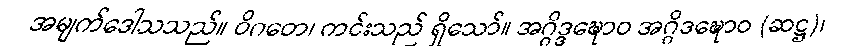
အမျက်ဒေါသသည်။ ဝိဂတေ၊ ကင်းသည် ရှိသော်။ အဂ္ဂိဒ္ဒဍ္ဎောဝ အဂ္ဂိဒဍ္ဎောဝ (ဆဋ္ဌ)၊